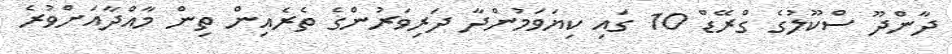
ދާންދޫ ސްކޫލުގެ ގްރޭޑް 10 ގައި ކިޔަވަމުންދާ ދަރިވަރުންގެ ތެރެއިން ތިން މާއްދާއަށްވުރެ